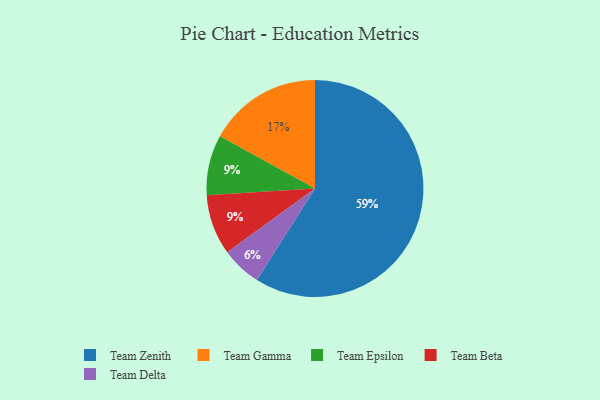
{"axis": {"x": "Category", "y": "Percentage"}, "legend": ["Team Beta", "Team Delta", "Team Epsilon", "Team Gamma", "Team Zenith"], "data": [{"x": "Team Epsilon", "y": 9, "type": "Team Epsilon"}, {"x": "Team Gamma", "y": 17, "type": "Team Gamma"}, {"x": "Team Beta", "y": 9, "type": "Team Beta"}, {"x": "Team Delta", "y": 6, "type": "Team Delta"}, {"x": "Team Zenith", "y": 59, "type": "Team Zenith"}]}